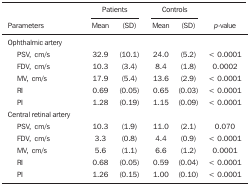
| <ROWSPAN=2> Parameters | <COLSPAN=2> Patients |  | <COLSPAN=2> Controls |  |
 | Mean | (SD) |  | Mean | (SD) | p-value |
 | --- | --- | --- | --- | --- | --- | --- |
 | Ophthalmic artery |  |  |  |  |  |  |
 | PSV, cm/s | 32.9 | (10.1) |  | 24.0 | (5.2) | < 0.0001 |
 | FDV, cm/s | 10.3 | (3.4) |  | 8.4 | (1.8) | 0.0002 |
 | MV, cm/s | 17.9 | (5.4) |  | 13.6 | (2.9) | < 0.0001 |
 | RI | 0.69 | (0.05) |  | 0.65 | (0.03) | < 0.0001 |
 | PI | 1.28 | (0.19) |  | 1.15 | (0.09) | < 0.0001 |
 | Central retinal artery |  |  |  |  |  |  |
 | PSV, cm/s | 10.3 | (1.9) |  | 11.0 | (2.1) | 0.070 |
 | FDV, cm/s | 3.3 | (0.8) |  | 4.4 | (0.9) | < 0.0001 |
 | MV, cm/s | 5.6 | (1.1) |  | 6.6 | (1.2) | 0.0001 |
 | RI | 0.68 | (0.05) |  | 0.59 | (0.04) | < 0.0001 |
 | PI | 1.26 | (0.15) |  | 1.00 | (0.10) | < 0.0001 |